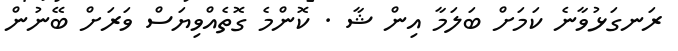
ރަނގަޅުވާނެ ކަމަށް ބަލަމާ އިން ޝާ . ކޮންމެ ގޮތެއްވިޔަސް ވަރަށް ބޭނުން